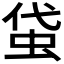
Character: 𧊇